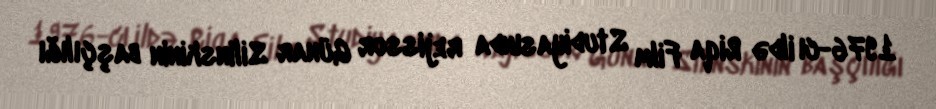
1976-cı ildə Riqa Film Studiyasında rejissor Günar Silinskinin başçılığı